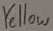
Text: Yellow